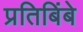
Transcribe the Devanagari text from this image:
प्रतिबिंबे